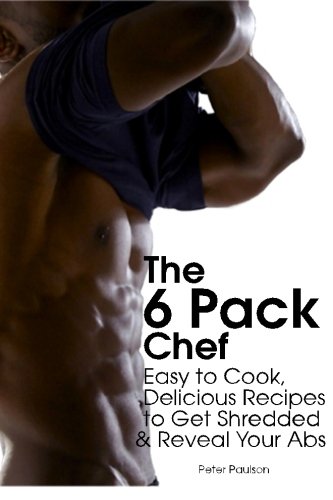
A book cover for The 6 Pack Chef: Easy to Cook, Delicious Recipes to Get Shredded and Reveal Your Abs; Peter Paulson; Health, Fitness & Dieting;